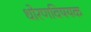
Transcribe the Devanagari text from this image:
धोरणविषयक